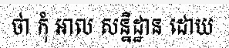
ថា កុំ អាល សន្និដ្ឋាន ដោយ